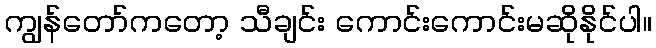
ကျွန်တော်ကတော့ သီချင်း ကောင်းကောင်းမဆိုနိုင်ပါ။